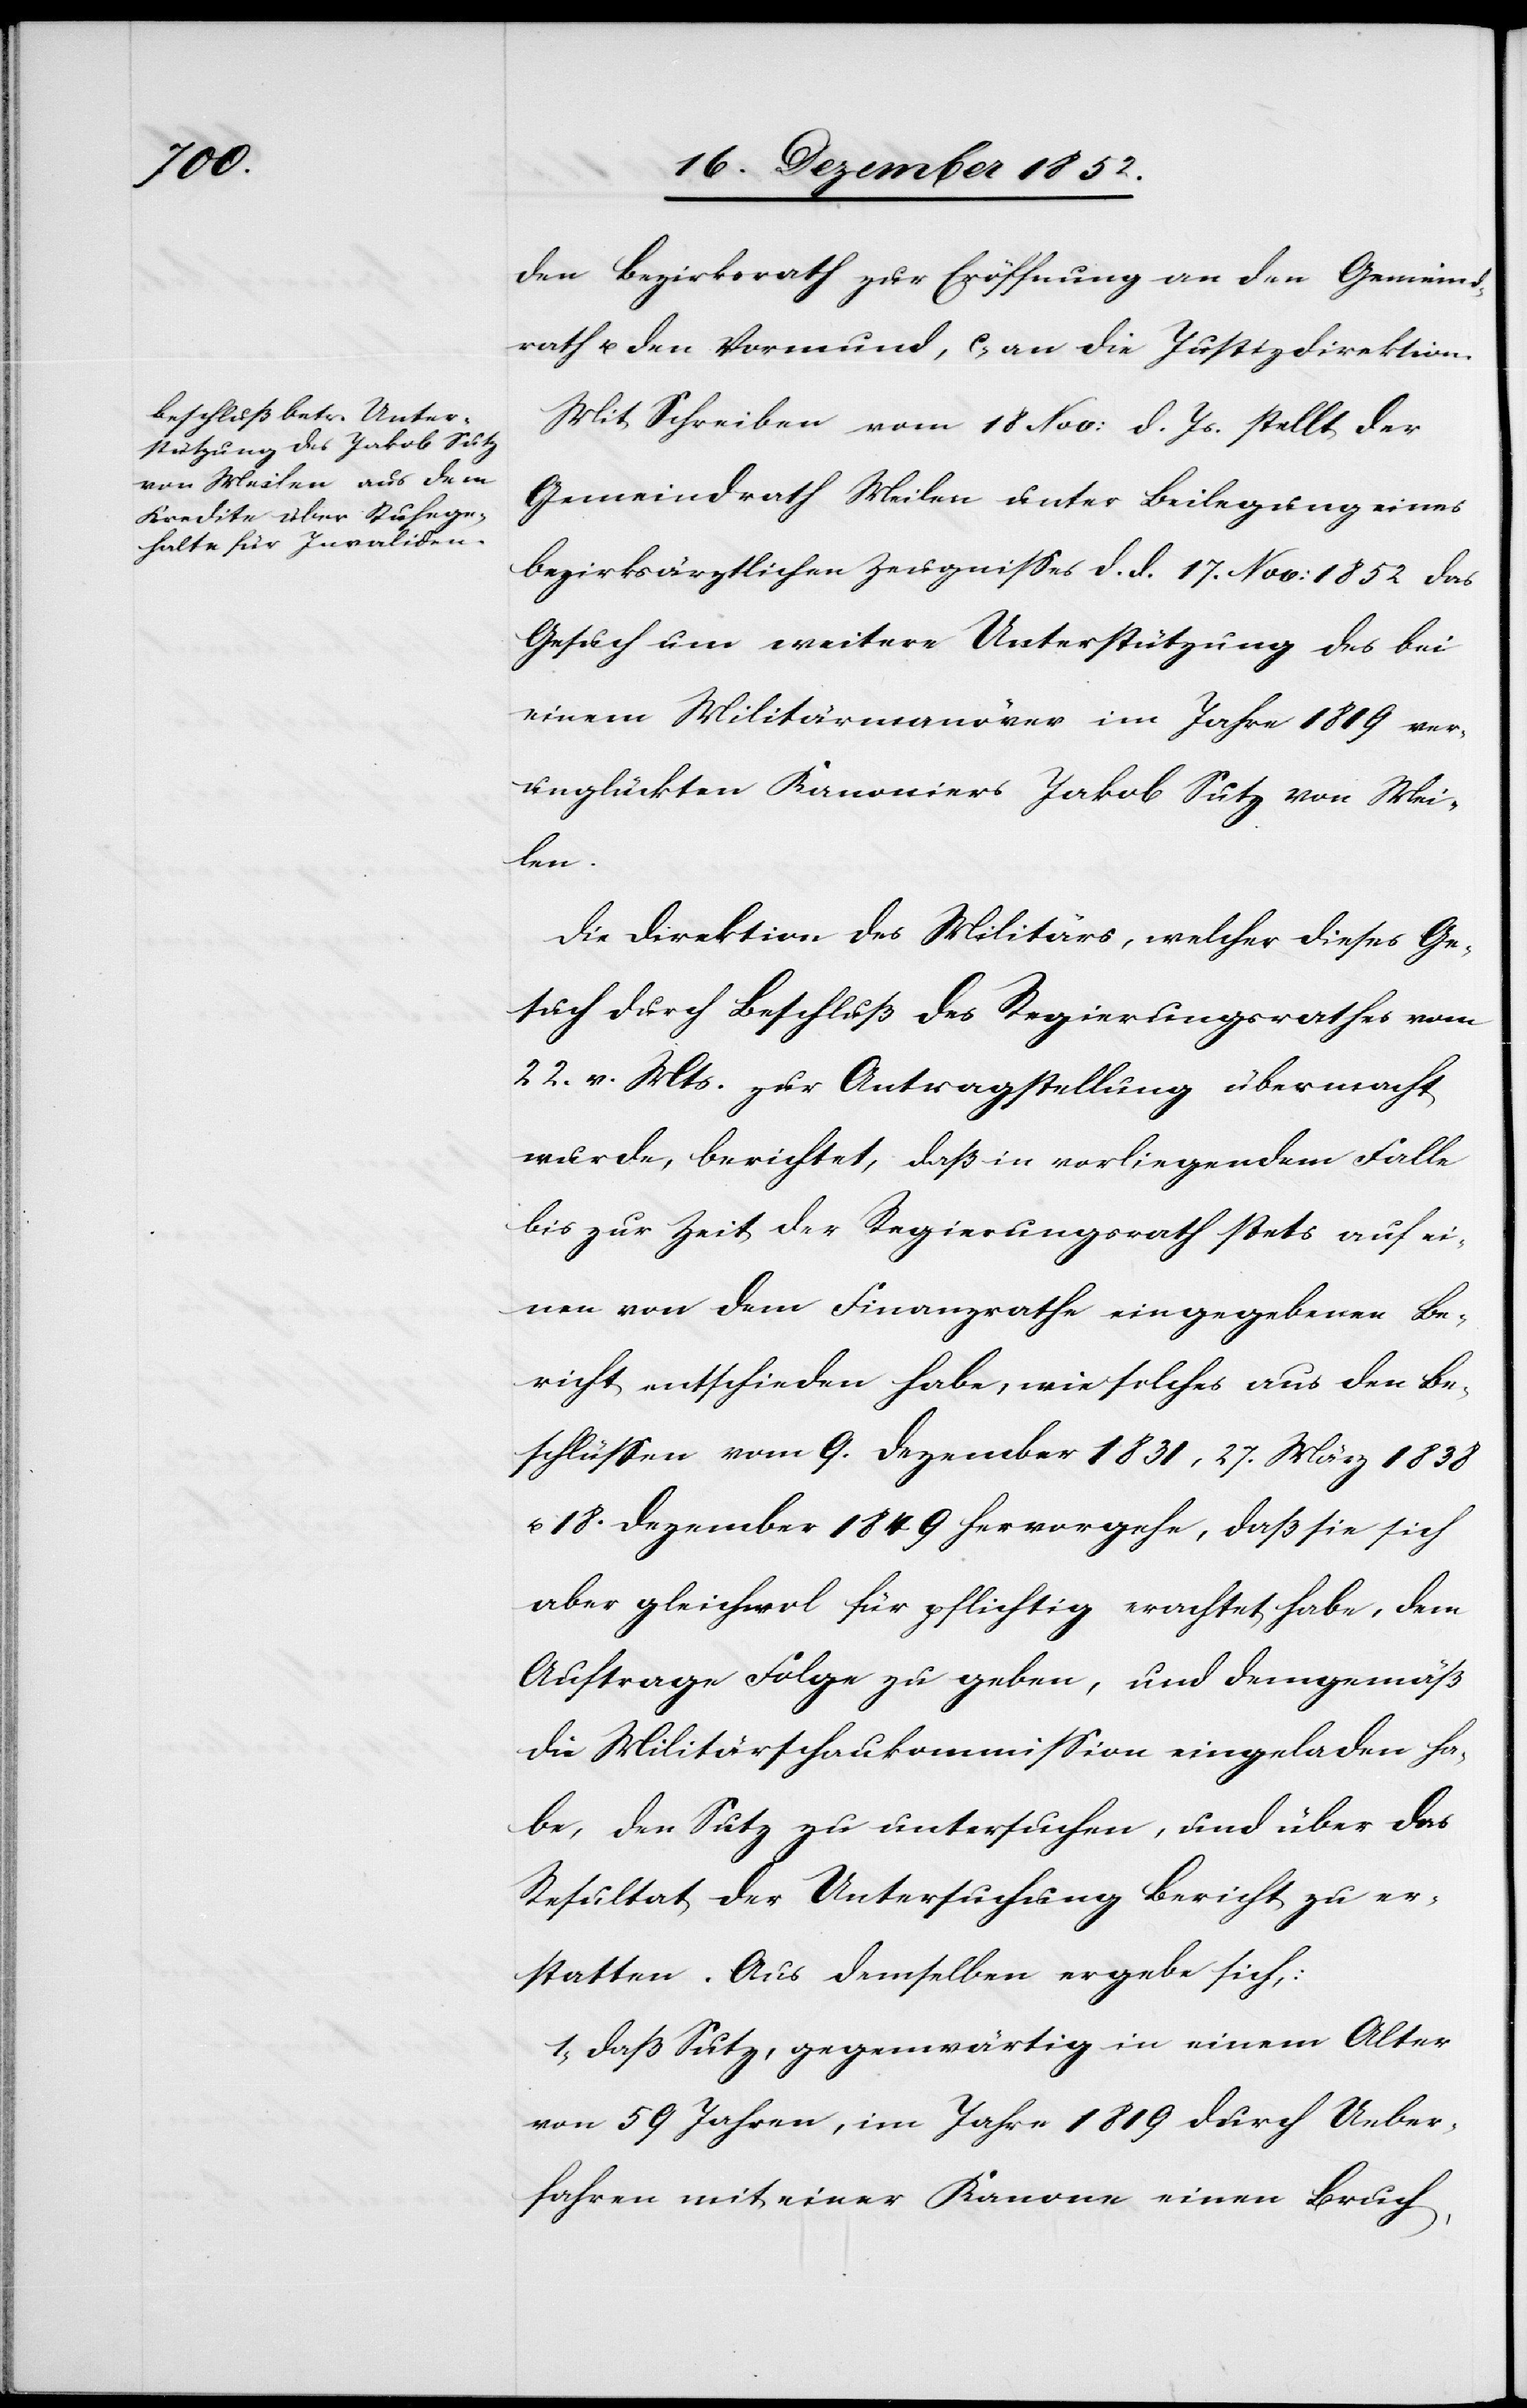
den Bezirksrath zur Eröffnung an den Gemeind¬
rath u. den Vormund, c, an die Justizdirektion.
Mit Schreiben vom 18 Nov: d. Js. stellt der
Gemeindrath Meilen unter Beilegung eines
bezirksärztlichen Zeugnisses d. d. 17. Nov: 1852 das
Gesuch um weitere Unterstützung des bei
einem Militärmanöver im Jahre 1819 ver¬
unglückten Kanoniers Jakob Sutz von Mei¬
len.
Die Direktion des Militärs, welcher dieses Ge¬
such durch Beschluß des Regierungsrathes vom
22. v. Mts. zur Antragstellung übermacht
wurde, berichtet, daß in vorliegendem Falle
bis zur Zeit der Regierungsrath stets auf ei¬
nen von dem Finanzrathe eingegebenen Be¬
richt entschieden habe, wie solches aus den Be¬
schlüssen vom 9. Dezember 1831, 27. März 1838
u. 18. Dezember 1849 hervorgehe, daß sie sich
aber gleichwol für pflichtig erachtet habe, dem
Auftrage Folge zu geben, und demgemäß
die Militärschaukommission eingeladen ha¬
be, den Sutz zu untersuchen, und über das
Resultat der Untersuchung Bericht zu er¬
statten. Aus demselben ergebe sich,:
1, daß Sutz, gegenwärtig in einem Alter
von 59 Jahren, im Jahre 1819 durch Ueber¬
fahren mit einer Kanone einen Bruch,